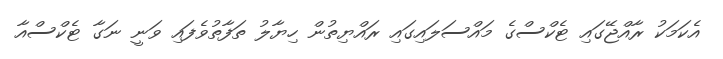
އެކަމަކު ރާއްޖޭގައި ޓެކްސްގެ މައްސަލައިގައި ރައްޔިތުން ހިޔާލު ތަފާތުވެފައި ވަނީ ނަގާ ޓެކްސްއާ